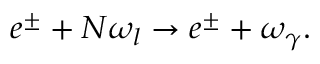
e ^ { \pm } + N \omega _ { l } \rightarrow e ^ { \pm } + \omega _ { \gamma } .